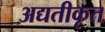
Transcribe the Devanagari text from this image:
अद्यतीकृत